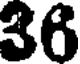
36